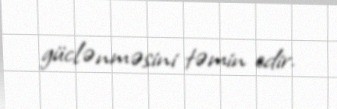
güclənməsini təmin edir.